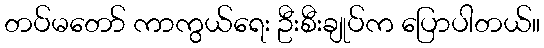
တပ်မတော် ကာကွယ်ရေး ဦးစီးချုပ်က ပြောပါတယ်။